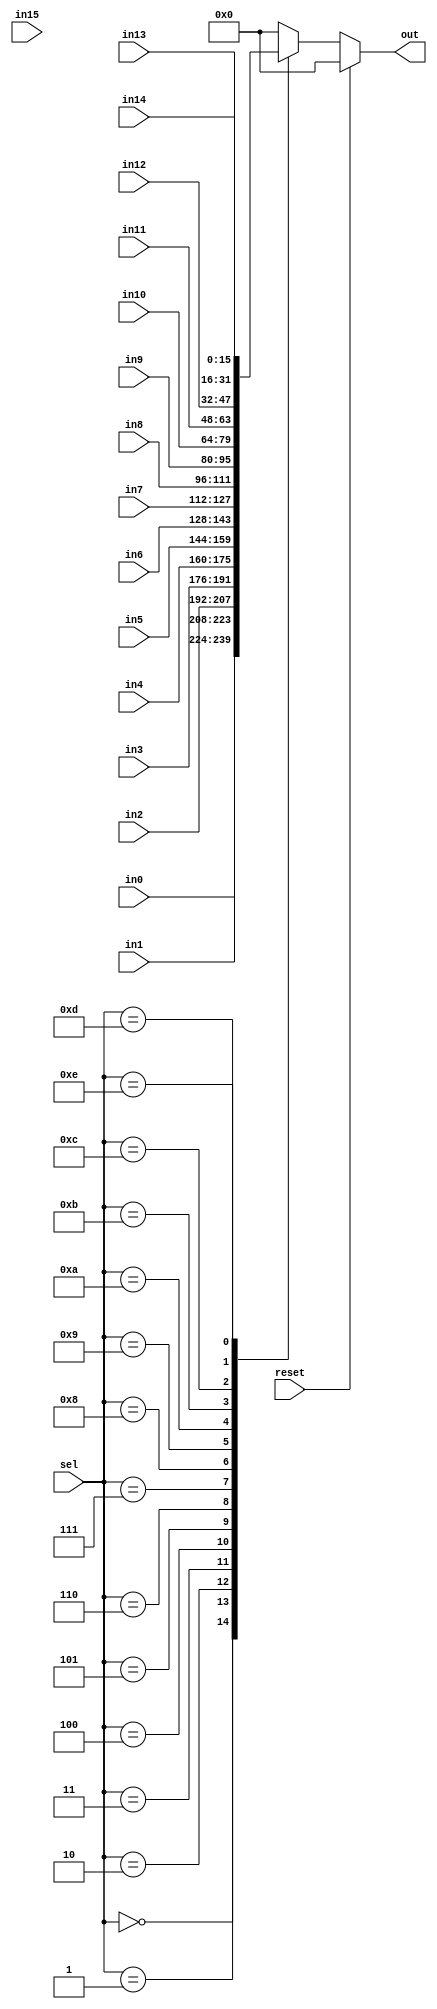
module mux16to1 #(
    parameter DATA_WIDTH = 16
)(
    input wire [DATA_WIDTH-1:0] in0,
    input wire [DATA_WIDTH-1:0] in1,
    input wire [DATA_WIDTH-1:0] in2,
    input wire [DATA_WIDTH-1:0] in3,
    input wire [DATA_WIDTH-1:0] in4,
    input wire [DATA_WIDTH-1:0] in5,
    input wire [DATA_WIDTH-1:0] in6,
    input wire [DATA_WIDTH-1:0] in7,
    input wire [DATA_WIDTH-1:0] in8,
    input wire [DATA_WIDTH-1:0] in9,
    input wire [DATA_WIDTH-1:0] in10,
    input wire [DATA_WIDTH-1:0] in11,
    input wire [DATA_WIDTH-1:0] in12,
    input wire [DATA_WIDTH-1:0] in13,
    input wire [DATA_WIDTH-1:0] in14,
    input wire [DATA_WIDTH-1:0] in15,
    input wire [3:0] sel,
    output reg [DATA_WIDTH-1:0] out,
	input wire reset
);

always @(*) begin
    if(reset) begin
        out = {DATA_WIDTH{1'b0}};
    end
    else begin
        case (sel)
            4'd0:  out = in0;
            4'd1:  out = in1;
            4'd2:  out = in2;
            4'd3:  out = in3;
            4'd4:  out = in4;
            4'd5:  out = in5;
            4'd6:  out = in6;
            4'd7:  out = in7;
            4'd8:  out = in8;
            4'd9:  out = in9;
            4'd10: out = in10;
            4'd11: out = in11;
            4'd12: out = in12;
            4'd13: out = in13;
            4'd14: out = in14;
            // 4'd15: out = in15;
            default: out = {DATA_WIDTH{1'b0}};
        endcase
    end
end

endmodule